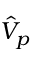
\hat { V } _ { p }